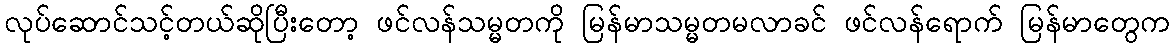
လုပ်ဆောင်သင့်တယ်ဆိုပြီးတော့ ဖင်လန်သမ္မတကို မြန်မာသမ္မတမလာခင် ဖင်လန်ရောက် မြန်မာတွေက